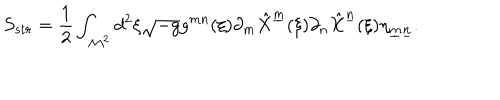
S _ { s t r } = { \frac { 1 } { 2 } } \int _ { { \cal M } ^ { 2 } } d ^ { 2 } \xi \sqrt { - g } g ^ { m n } ( \xi ) \partial _ { m } \hat { X } ^ { \underline { { { m } } } } ( \xi ) \partial _ { n } \hat { X } ^ { \underline { { { n } } } } ( \xi ) \eta _ { \underline { { { m } } } \underline { { { n } } } } .